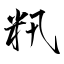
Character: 籸